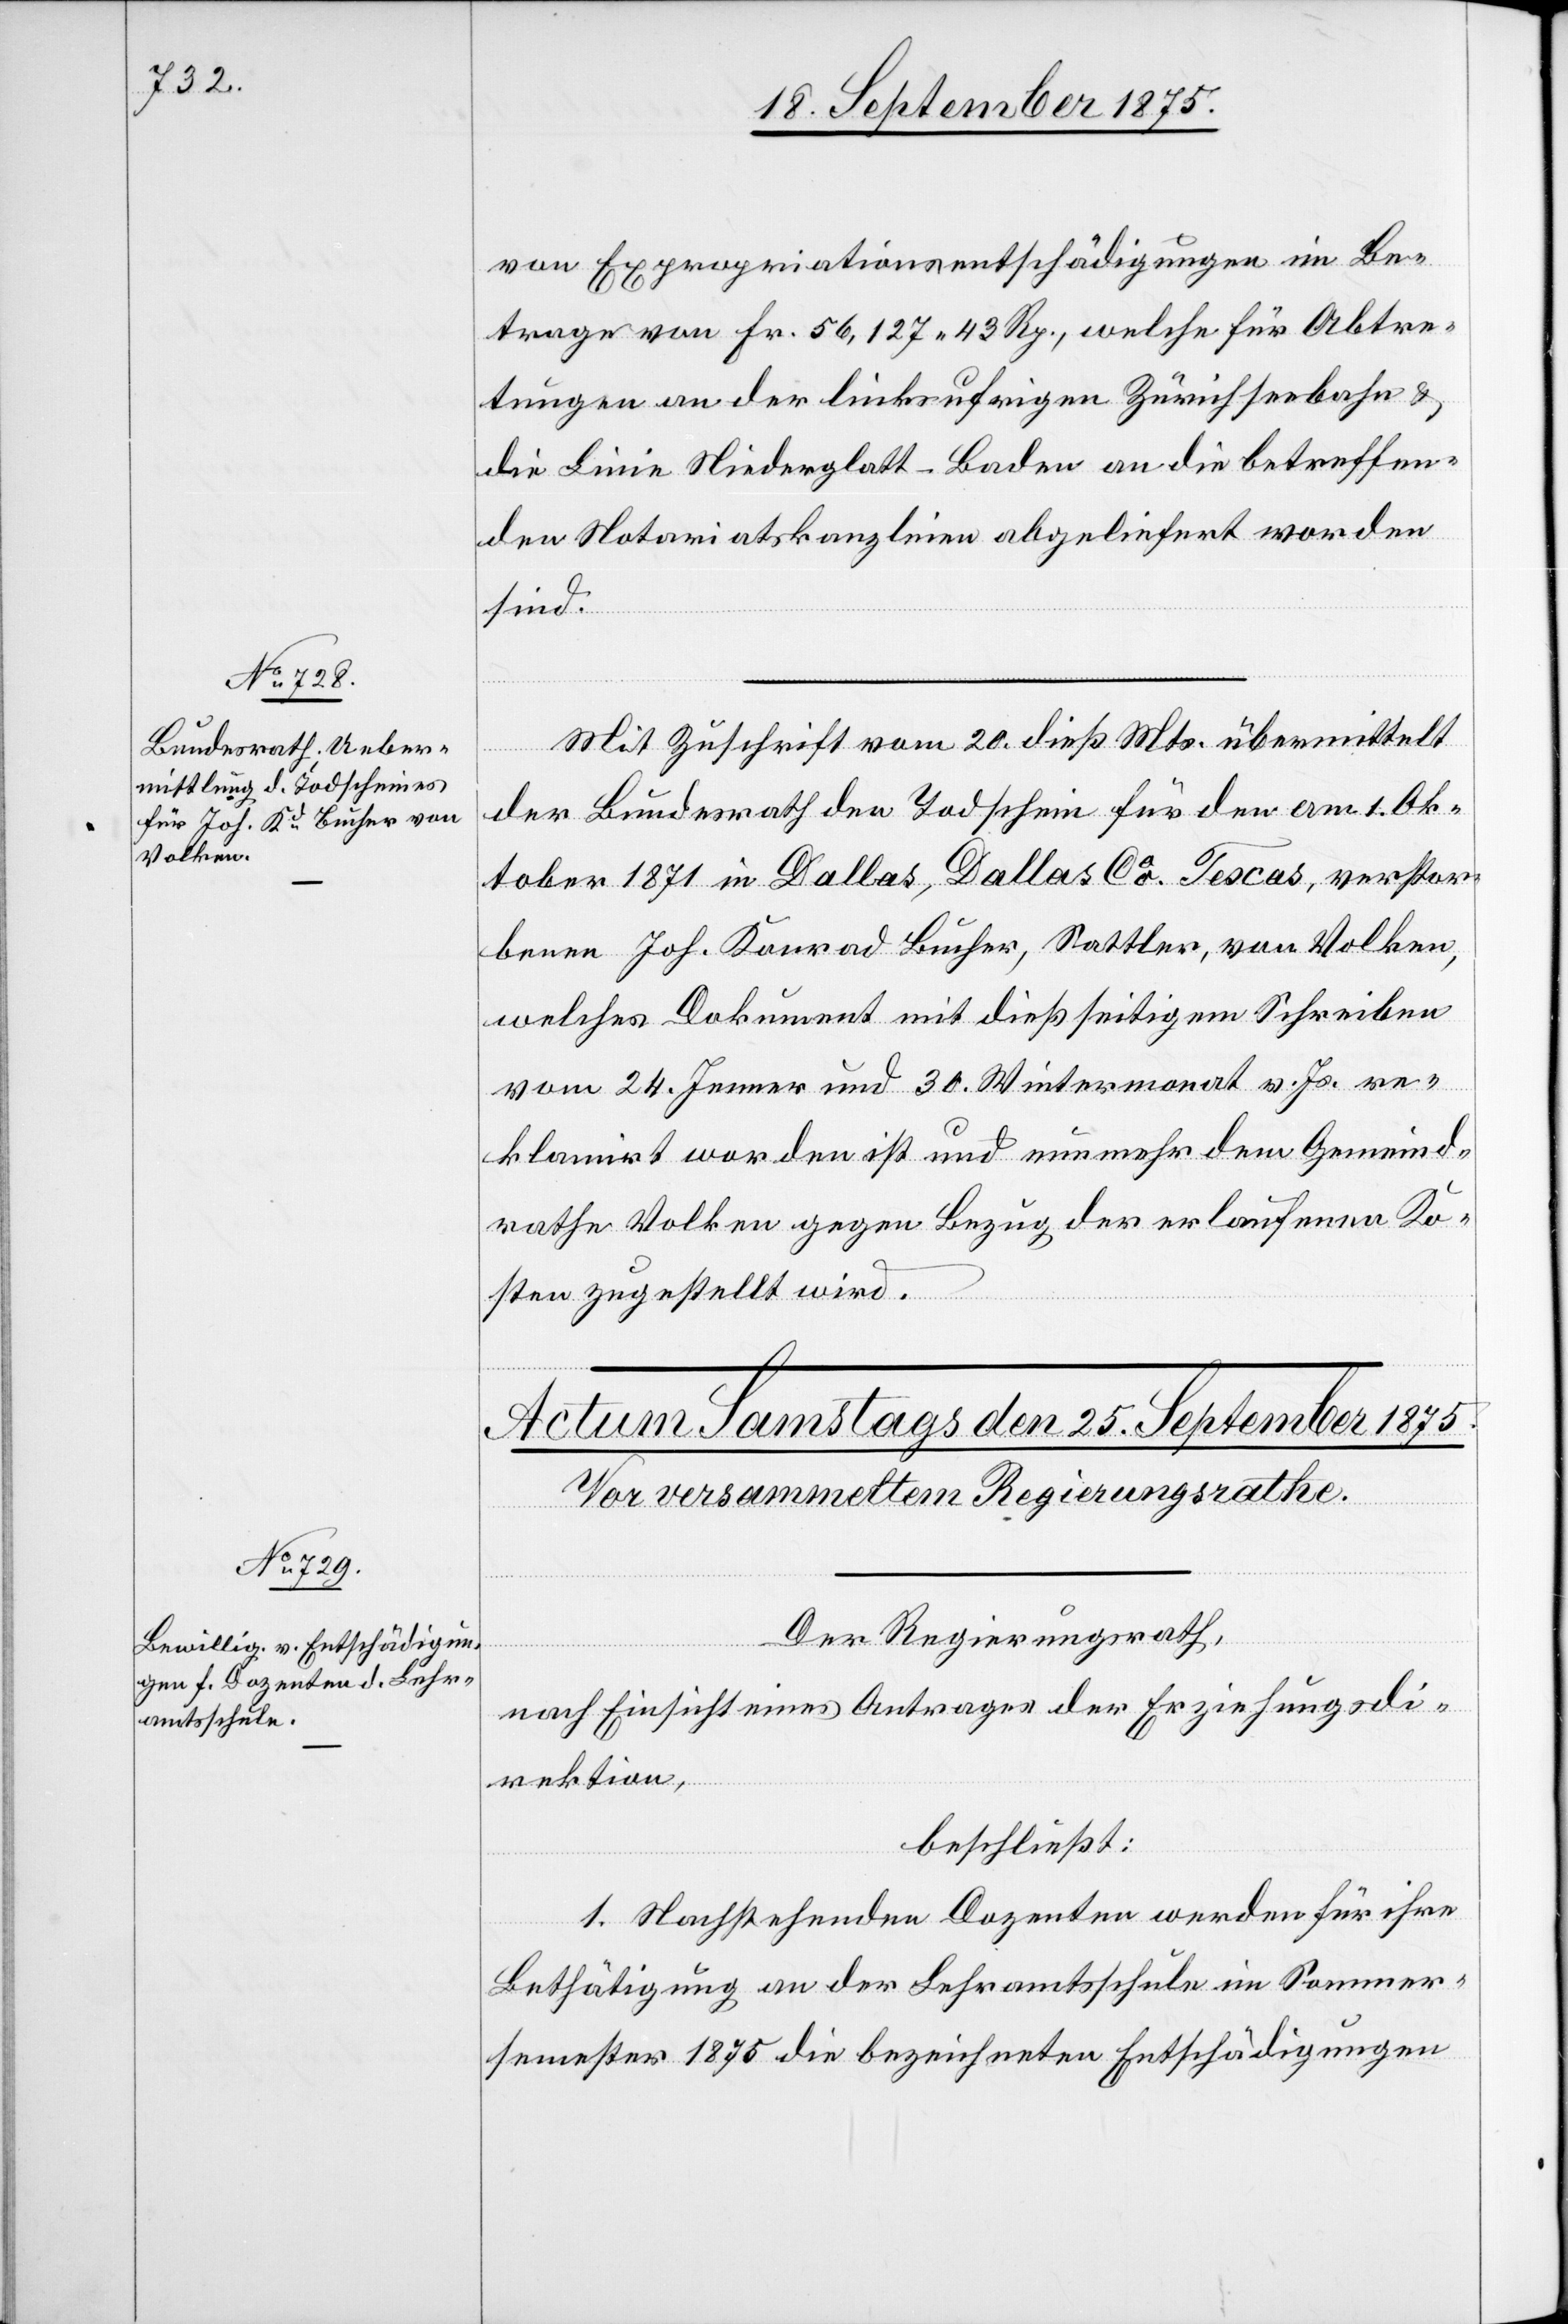
24. September 1875.]
von Expropriationsentschädigungen im Be¬
trage von Fr. 56,127 43 Rp., welche für Abtre¬
tungen an der linksufrigen Zürichseebahn &
die Linie Niederglatt–Baden an die betreffen¬
den Notariatskanzleien abgeliefert worden
sind.
Mit Zuschrift vom 20. dieß Mts. übermittelt
der Bundesrath den Todschein für den am 1. Ok¬
tober 1871 in Dallas, Dallas Co. Texas, verstor¬
benen Joh. Konrad Bucher, Sattler, von Volken,
welches Dokument mit dießseitigem Schreiben
vom 24. Jenner und 30. Wintermonat v. Js. re¬
klamirt worden ist und nunmehr dem Gemeind¬
rathe Volken gegen Bezug der erlaufenen Ko¬
sten zugestellt wird.
Der Regierungsrath,
nach Einsicht eines Antrages der Erziehungsdi¬
rektion,
beschließt:
1. Nachstehenden Dozenten werden für ihre
Bethätigung an der Lehramtsschule im Sommer¬
semester 1875 die bezeichneten Entschädigungen